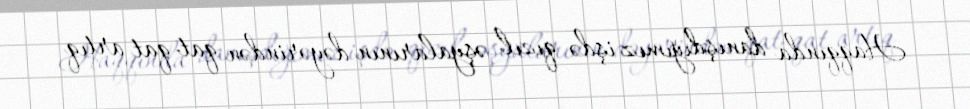
Haqqında danışdığımız işdə qızıl əşyalarının dəyərindən qat-qat artıq